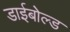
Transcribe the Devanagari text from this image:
डाईबोल्ड